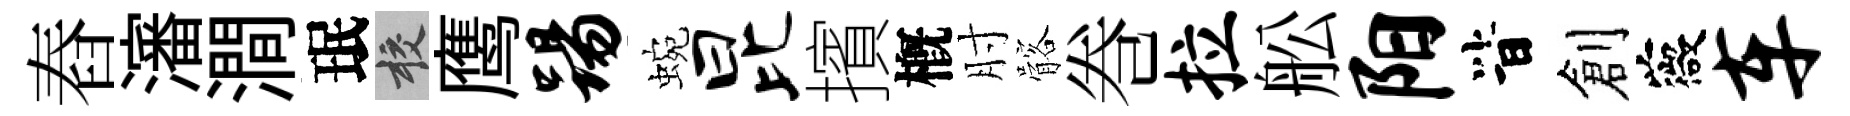
舂瀋澗珉校鹰踢蜿昆擯槪肘髂巻拉舩阳𣅜創薇车